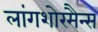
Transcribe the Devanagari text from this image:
लांगशोरमैन्स